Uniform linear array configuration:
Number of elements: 16
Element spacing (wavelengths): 0.25
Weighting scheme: uniform
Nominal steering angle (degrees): -45
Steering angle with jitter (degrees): -43.311
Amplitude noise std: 0.05
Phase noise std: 0.05

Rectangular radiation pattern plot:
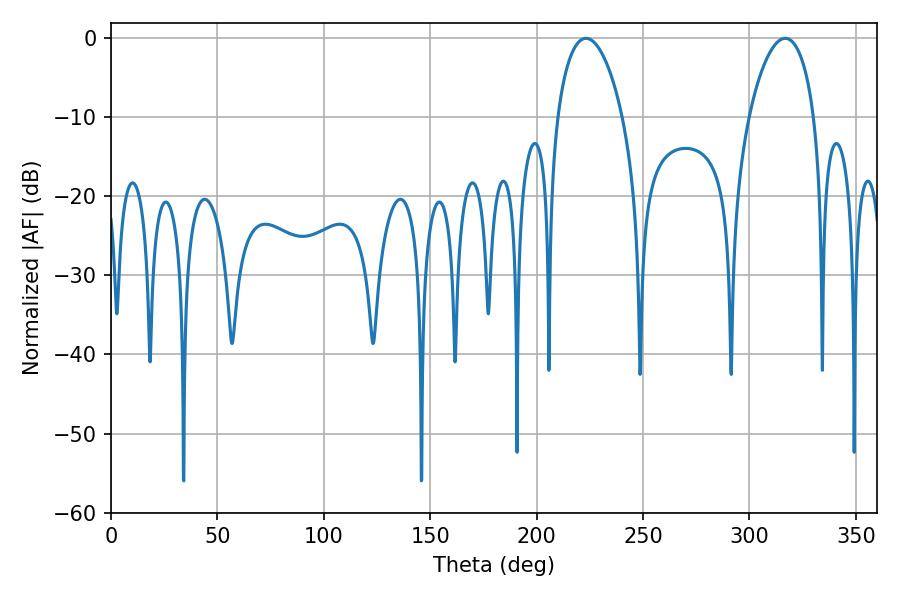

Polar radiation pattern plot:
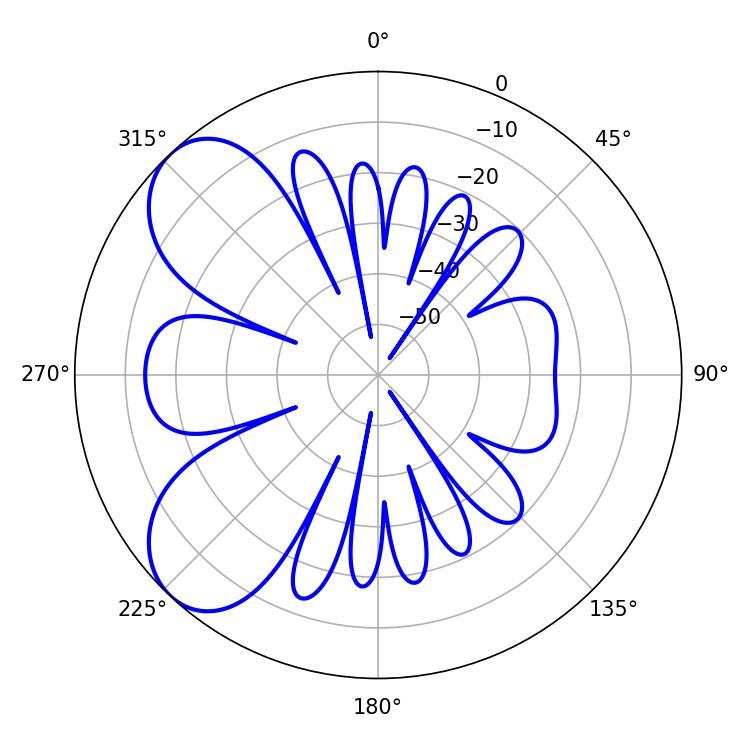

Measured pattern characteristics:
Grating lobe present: FALSE
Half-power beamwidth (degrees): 17.46
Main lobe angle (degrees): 223.2